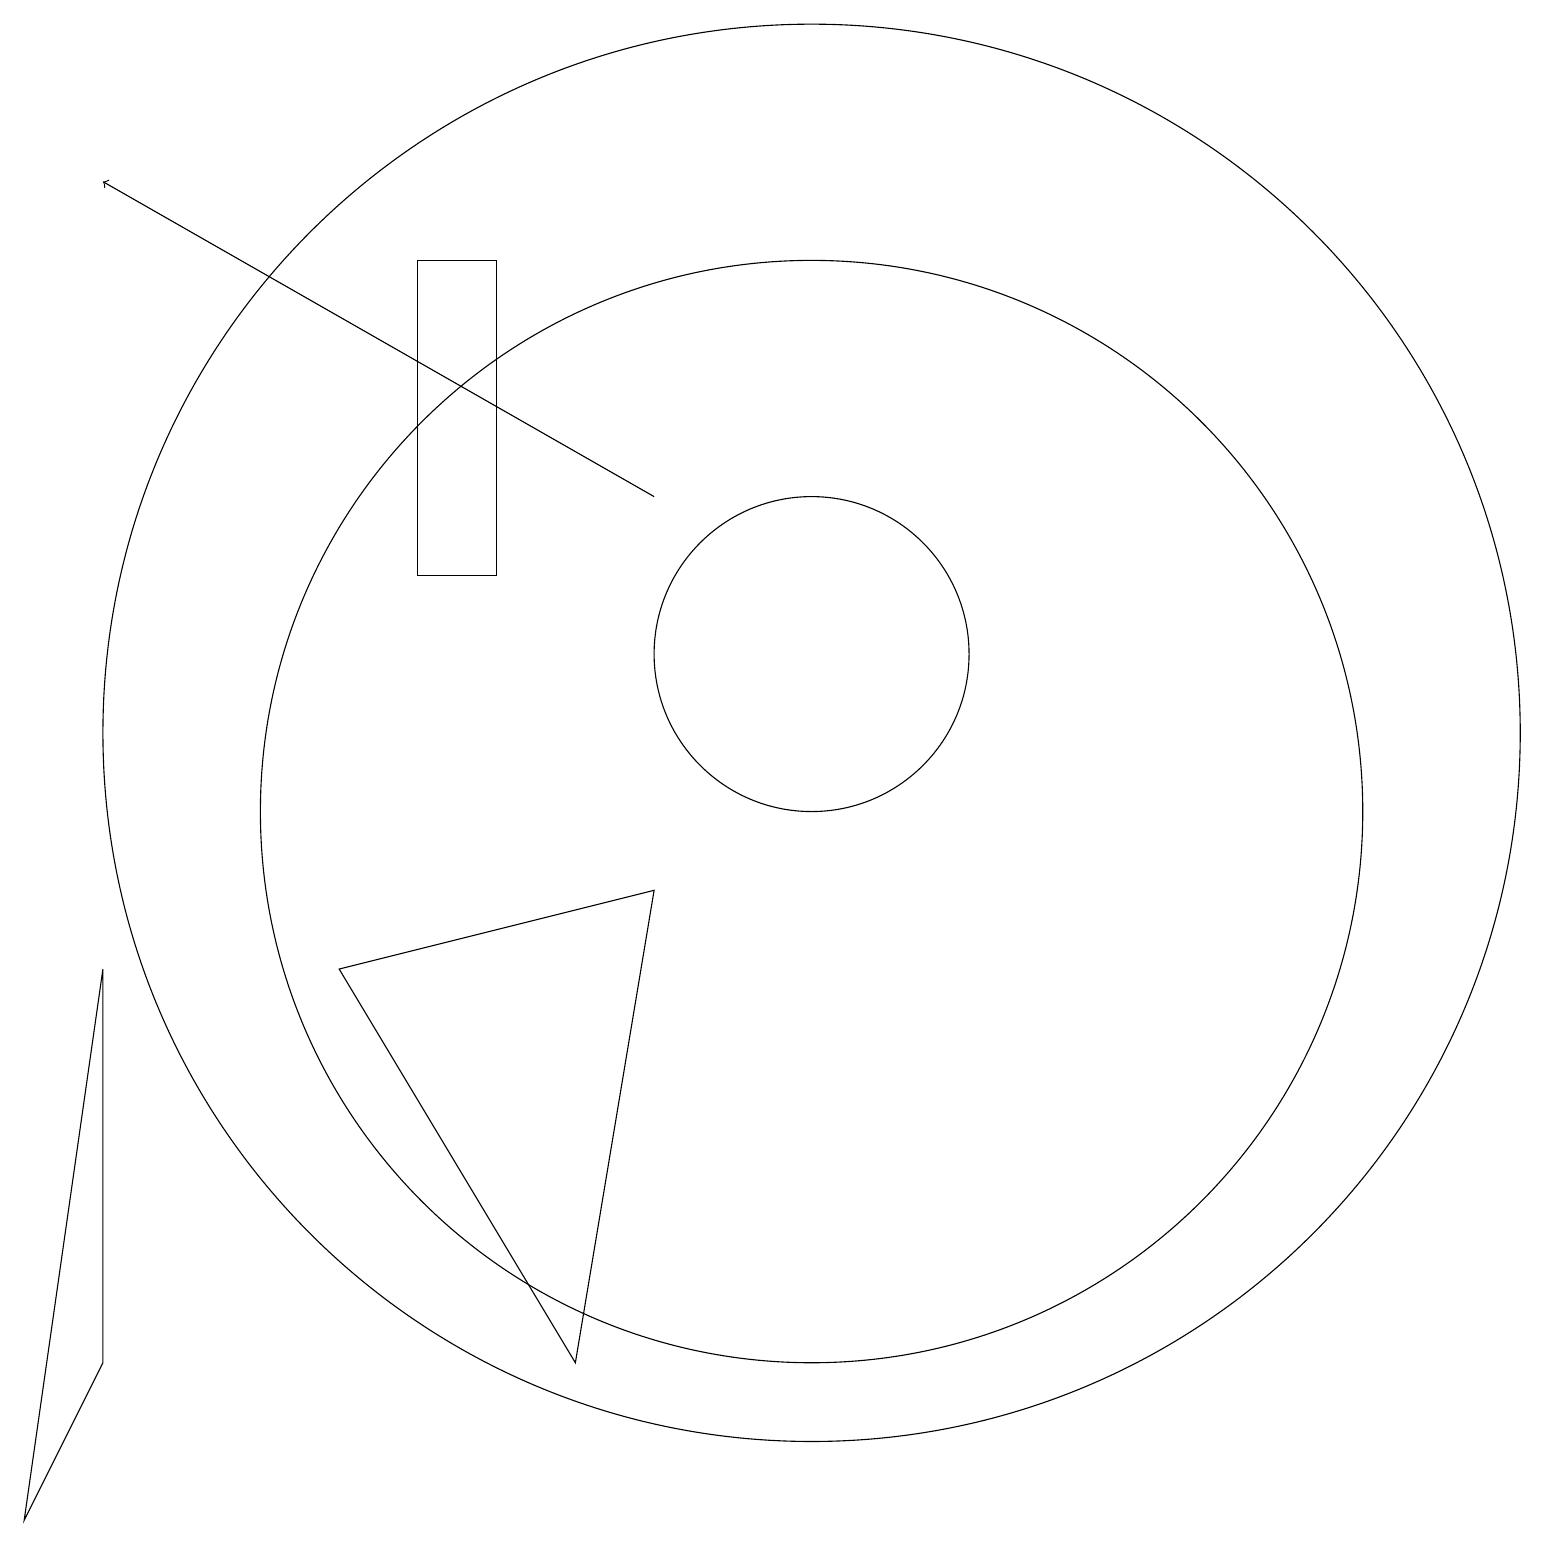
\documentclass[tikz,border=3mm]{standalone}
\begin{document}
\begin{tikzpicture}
\draw (10,12) circle (2);
\draw (6,13) rectangle (5,17);
\draw (0,1) -- (1,8) -- (1,3) -- cycle;
\draw (10,11) circle (9);
\draw (7,3) -- (8,9) -- (4,8) -- cycle;
\draw (10,10) circle (7);
\draw (12,12) circle (0);
\draw[->] (8,14) -- (1,18);
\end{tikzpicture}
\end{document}